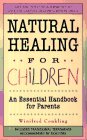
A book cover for Natural Healing For Children: An Essential Handbook for Parents; Winifred Conkling; Parenting & Relationships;